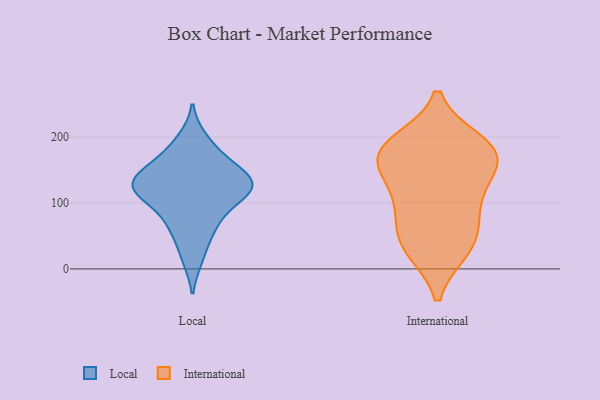
{"axis": {"x": "Satisfaction Score", "y": "Value"}, "legend": ["International", "Local"], "data": [{"x": "", "y": 114, "type": "Local"}, {"x": "", "y": 109, "type": "Local"}, {"x": "", "y": 130, "type": "Local"}, {"x": "", "y": 139, "type": "Local"}, {"x": "", "y": 152, "type": "Local"}, {"x": "", "y": 176, "type": "Local"}, {"x": "", "y": 129, "type": "Local"}, {"x": "", "y": 15, "type": "Local"}, {"x": "", "y": 53, "type": "Local"}, {"x": "", "y": 120, "type": "Local"}, {"x": "", "y": 197, "type": "Local"}, {"x": "", "y": 155, "type": "Local"}, {"x": "", "y": 122, "type": "Local"}, {"x": "", "y": 86, "type": "Local"}, {"x": "", "y": 67, "type": "Local"}, {"x": "", "y": 176, "type": "International"}, {"x": "", "y": 183, "type": "International"}, {"x": "", "y": 176, "type": "International"}, {"x": "", "y": 41, "type": "International"}, {"x": "", "y": 37, "type": "International"}, {"x": "", "y": 119, "type": "International"}, {"x": "", "y": 84, "type": "International"}, {"x": "", "y": 190, "type": "International"}, {"x": "", "y": 31, "type": "International"}, {"x": "", "y": 98, "type": "International"}, {"x": "", "y": 157, "type": "International"}, {"x": "", "y": 162, "type": "International"}]}